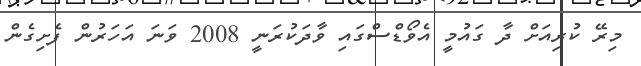
މިރޭ ކުރިއަށް ދާ ގައުމީ އެވޯޑްސްގައި ވާދަކުރަނީ 2008 ވަނަ އަހަރުން ފެށިގެން